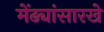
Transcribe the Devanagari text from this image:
मेंढ्यांसारखे